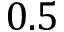
0 . 5